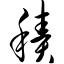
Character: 积